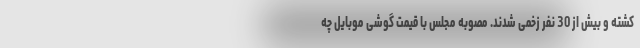
کشته و بیش از 30 نفر زخمی شدند. مصوبه مجلس با قیمت گوشی موبایل چه